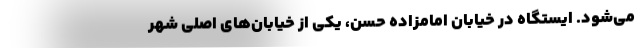
می‌شود. ایستگاه در خیابان امامزاده حسن، یکی از خیابان‌های اصلی شهر